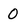
Character: 0